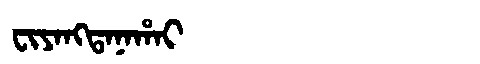
Manchu: ᠸᡳᠶᠠᠩᡨᠠᠨᠠᡥᠠᡳ
Romanization: FIYANGTANAHAI